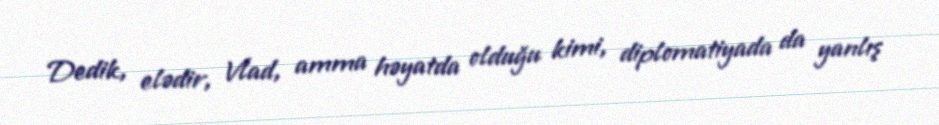
Dedik, elədir, Vlad, amma həyatda olduğu kimi, diplomatiyada da yanlış